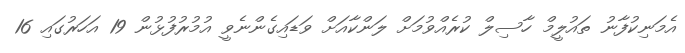
އެމަނިކުފާނު ތައުލީމް ހާސިލް ކުރެއްވުމަށް ލަންކާއަށް ވަޑައިގެންނެވީ އުމުރުފުޅުން 19 އަހަރުގައި 16